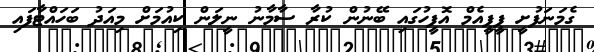
ގެމަނަފުށީ ޕީޕީއެމް އޮފީހުގައި ބޭނުން ކުރާ ސާމާނު ނީލަން ކިއުމަށް މިއަދު ބަހައްޓާފައި